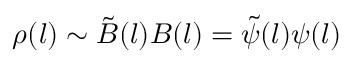
\rho ( l ) \sim \tilde { B } ( l ) B ( l ) = \tilde { \psi } ( l ) \psi ( l )